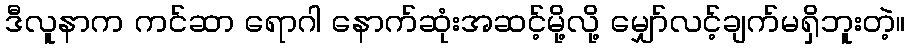
ဒီလူနာက ကင်ဆာ ရောဂါ နောက်ဆုံးအဆင့်မို့လို့ မျှော်လင့်ချက်မရှိဘူးတဲ့။